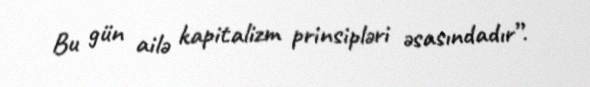
Bu gün ailə kapitalizm prinsipləri əsasındadır”.